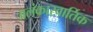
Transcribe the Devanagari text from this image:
अलंकारवार्तिक